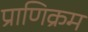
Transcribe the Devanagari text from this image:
प्राणिक्रम